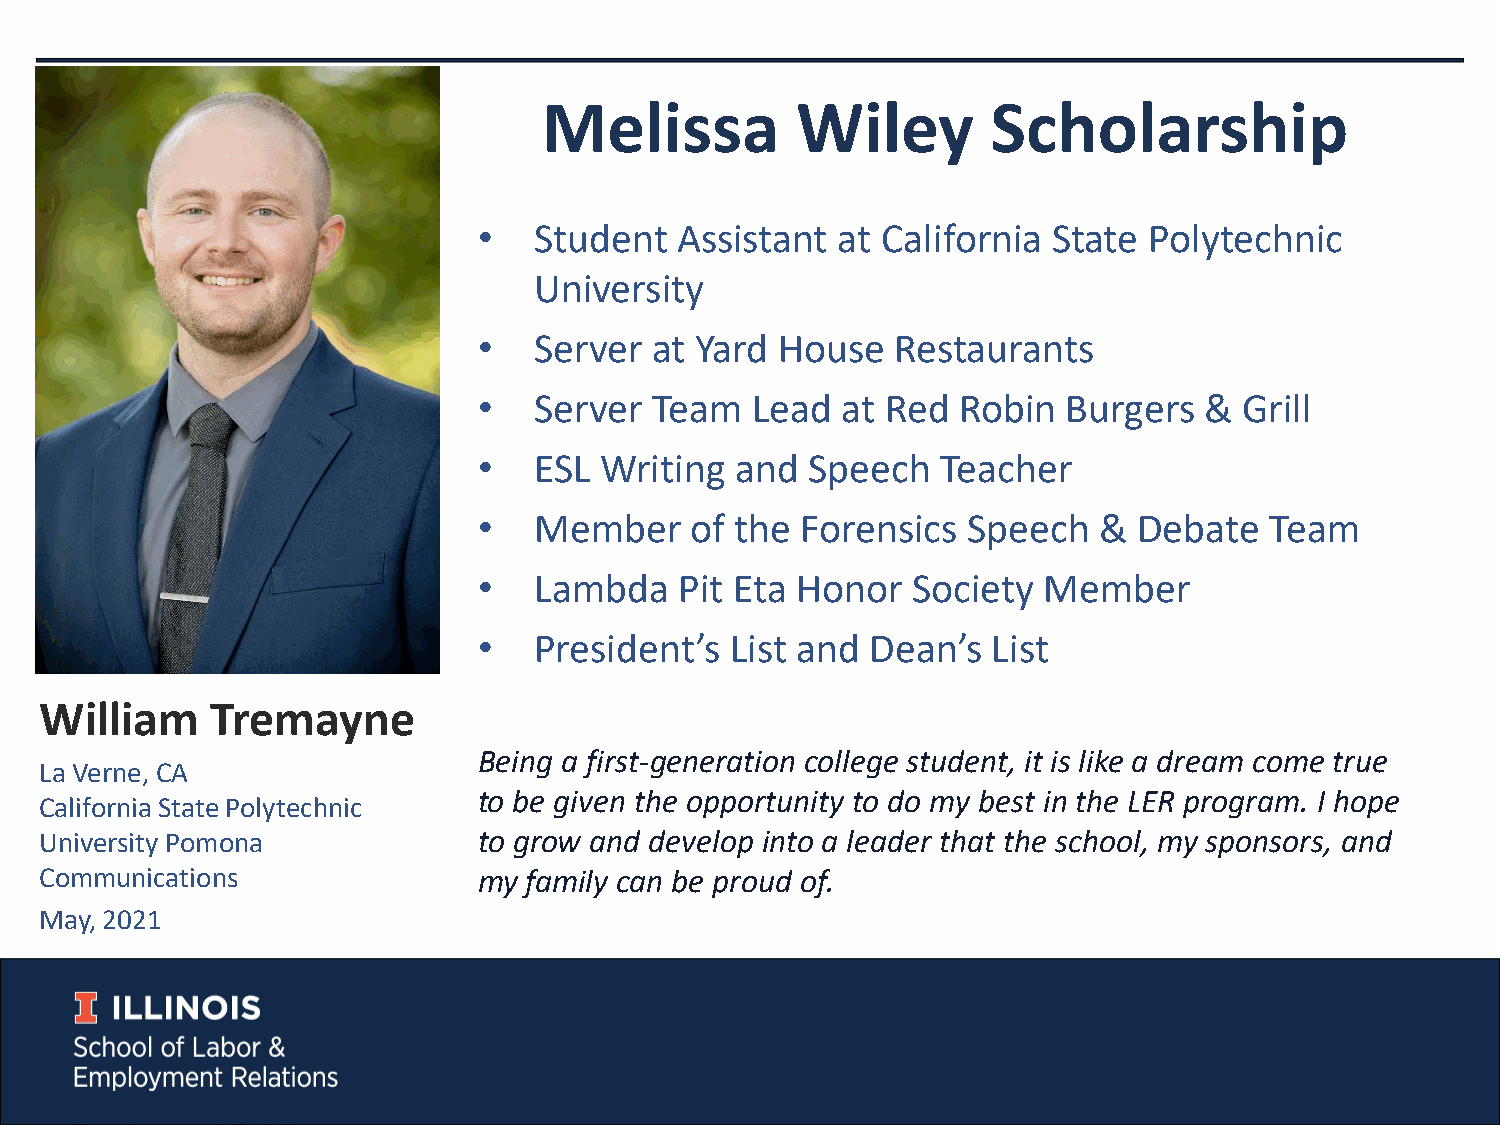
Melissa          Wiley        Scholarship
 •  Student   Assistant  at California State Polytechnic
 University
 •  Server  at Yard  House  Restaurants
 •  Server  Team   Lead  at Red  Robin  Burgers  & Grill
 •  ESL  Writing  and  Speech  Teacher
 •  Member     of the Forensics  Speech   & Debate   Team
 •  Lambda    Pit Eta Honor  Society  Member
 •  President’s  List and  Dean’s  List
 William    Tremayne
 Being a first-generation college student, it is like a dream come true
 La Verne, CA
 to be given the opportunity to do my best in the LER program. I hope
 California State Polytechnic
 University Pomona            to grow and develop into a leader that the school, my sponsors, and
 Communications               my family can be proud of.
 May, 2021